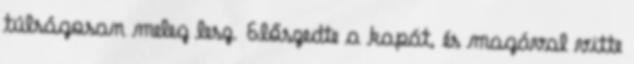
túlságosan meleg lesz. Előszedte a kapát, és magával vitte